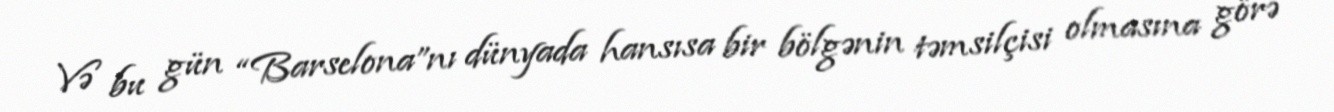
Və bu gün “Barselona”nı dünyada hansısa bir bölgənin təmsilçisi olmasına görə